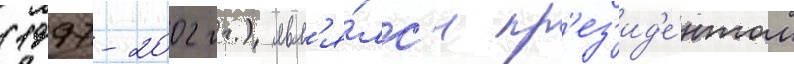
(1997-2002 гг.) явл'я́лс'я пр'ез'ид'е́нтом